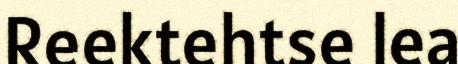
Reektehtse lea